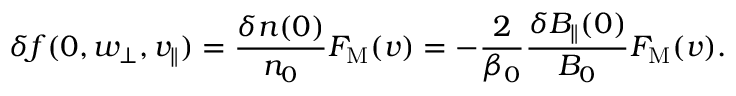
\delta f ( 0 , w _ { \perp } , v _ { \parallel } ) = \frac { \delta n ( 0 ) } { n _ { 0 } } F _ { \mathrm { M } } ( v ) = - \frac { 2 } { \beta _ { 0 } } \frac { \delta B _ { \parallel } ( 0 ) } { B _ { 0 } } F _ { \mathrm { M } } ( v ) .